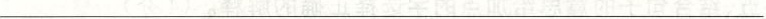
___